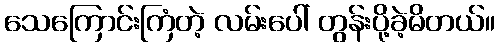
သေကြောင်းကြံတဲ့ လမ်းပေါ် တွန်းပို့ခဲ့မိတယ်။